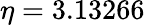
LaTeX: \eta=3.13266